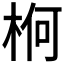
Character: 𣒍